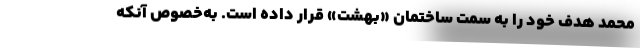
محمد هدف خود را به سمت ساختمان «بهشت» قرار داده است. به‌خصوص آنکه